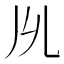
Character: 𠃕